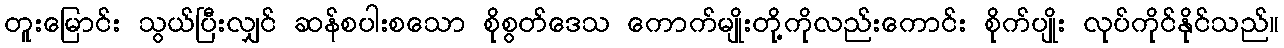
တူးမြောင်း သွယ်ပြီးလျှင် ဆန်စပါးစသော စိုစွတ်ဒေသ ကောက်မျိုးတို့ကိုလည်းကောင်း စိုက်ပျိုး လုပ်ကိုင်နိုင်သည်။